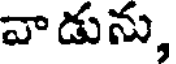
వాడును,